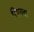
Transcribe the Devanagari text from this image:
रिएक्टा